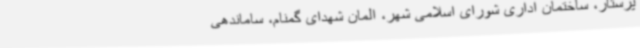
پرستار، ساختمان اداری شورای اسلامی شهر، المان شهدای گمنام، ساماندهی